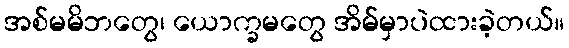
အစ်မမိဘတွေ၊ ယောက္ခမတွေ အိမ်မှာပဲထားခဲ့တယ်။